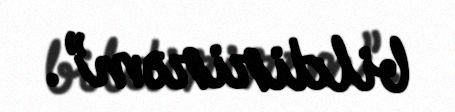
bildirirəm”.